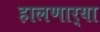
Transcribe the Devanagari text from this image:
हालणार्‍या